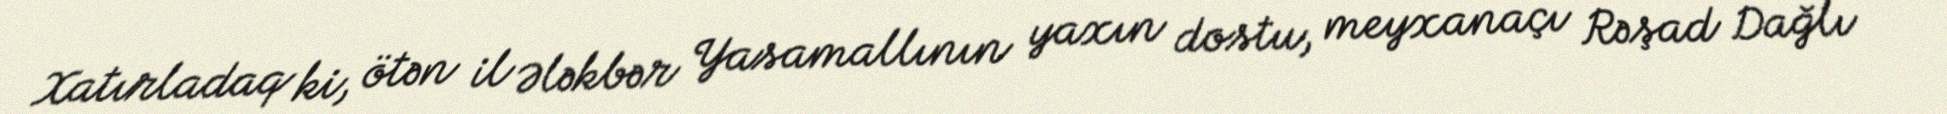
Xatırladaq ki, ötən il Ələkbər Yasamallının yaxın dostu, meyxanaçı Rəşad Dağlı